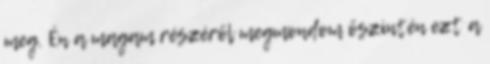
meg. Én a magam részéről megmondom őszintén ezt a